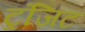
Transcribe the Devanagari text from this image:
ट्रंजिट